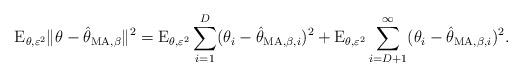
LaTeX: \begin{align*}\mathrm{E}_{\theta,\varepsilon^2}\|\theta-\hat{\theta}_{\mathrm{MA},\beta}\|^2= \mathrm{E}_{\theta,\varepsilon^{2}} \sum_{i=1}^{D} (\theta_{i} - \hat{\theta}_{\mathrm{MA},\beta, i} )^{2}+ \mathrm{E}_{\theta,\varepsilon^{2}} \sum_{i=D+1}^{\infty} (\theta_{i} - \hat{\theta}_{\mathrm{MA},\beta,i})^{2}.\end{align*}